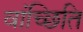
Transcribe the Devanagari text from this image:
वांच्छिति